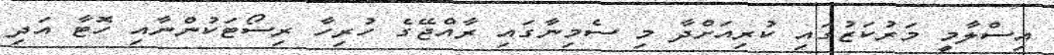
އިސްލާމީ މަރުކަޒުގައި ކުރިއަށްދާ މި ސެމިނާގައި ރާއްޖޭގެ ހުރިހާ ރިސޯޓަކުންނާއި ހޮޓާ އަދި